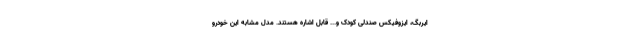
ایربگ، ایزوفیکس صندلی کودک و... قابل اشاره هستند. مدل مشابه این خودرو